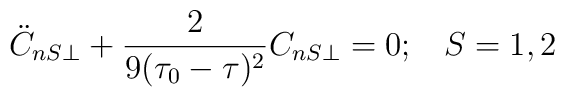
\ddot{C}_{nS\perp}+\frac{2}{9(\tau_0-\tau)^2}C_{nS\perp}=0;\;\;\;S=1,2